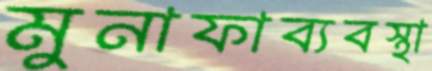
মুনাফাব্যবস্থা